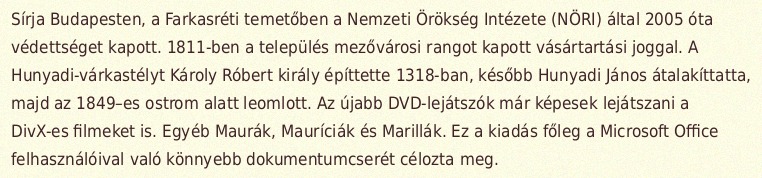
Sírja Budapesten, a Farkasréti temetőben a Nemzeti Örökség Intézete (NÖRI) által 2005 óta védettséget kapott. 1811-ben a település mezővárosi rangot kapott vásártartási joggal. A Hunyadi-várkastélyt Károly Róbert király építtette 1318-ban, később Hunyadi János átalakíttatta, majd az 1849–es ostrom alatt leomlott. Az újabb DVD-lejátszók már képesek lejátszani a DivX-es filmeket is. Egyéb Maurák, Mauríciák és Marillák. Ez a kiadás főleg a Microsoft Office felhasználóival való könnyebb dokumentumcserét célozta meg.